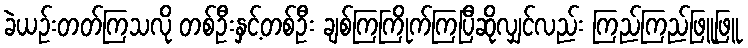
ခဲယဉ်းတတ်ကြသလို တစ်ဦးနှင့်တစ်ဦး ချစ်ကြကြိုက်ကြပြီဆိုလျှင်လည်း ကြည်ကြည်ဖြူဖြူ